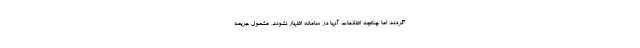
گردند اما چنانچه اطلاعات آنها در سامانه اظهار نشوند، مشمول جریمه